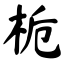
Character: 栀